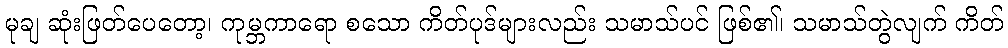
မုချ ဆုံးဖြတ်ပေတော့၊ ကုမ္ဘကာရော စသော ကိတ်ပုဒ်များလည်း သမာသ်ပင် ဖြစ်၏၊ သမာသ်တွဲလျက် ကိတ်